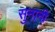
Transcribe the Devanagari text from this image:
सुनानी